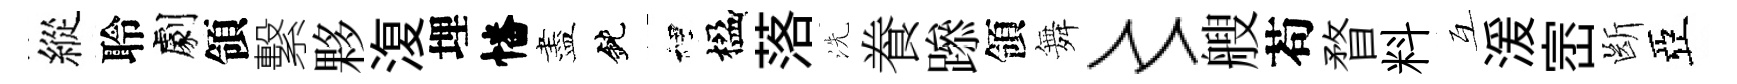
縱聆劇領繫夥𣸪埋幡盡鈍裡楹落洗飬𨅶領舞〻艘苟瞀料互湲崈㫁亞